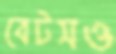
বেটসও